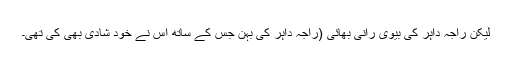
لیکن راجہ داہر کی بیوی رانی بھائی (راجہ داہر کی بہن جس کے ساتھ اس نے خود شادی بھی کی تھی۔